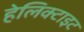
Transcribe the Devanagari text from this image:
हेलिक्टाइट